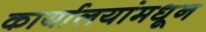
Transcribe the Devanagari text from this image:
कार्यालयांमधून